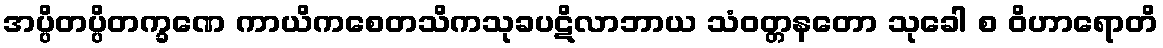
အပ္ပိတပ္ပိတက္ခဏေ ကာယိကစေတသိကသုခပဋိလာဘာယ သံဝတ္တနတော သုခေါ စ ဝိဟာရောတိ